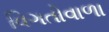
વિગતોવાળા